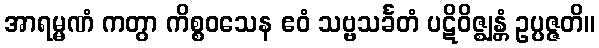
အာရမ္မဏံ ကတွာ ကိစ္စဝသေန ဧဝံ သဗ္ဗသင်္ခတံ ပဋိဝိဇ္ဈန္တံ ဥပ္ပဇ္ဇတိ။